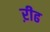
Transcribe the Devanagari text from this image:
ऱीढ